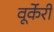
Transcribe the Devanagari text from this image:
वूर्केरी